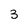
Character: 3